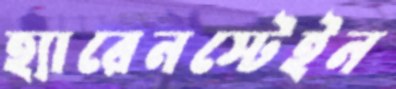
হ্যারেনস্টেইন